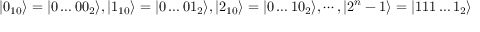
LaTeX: | 0 _ { 1 0 } \rangle = | 0 \dots 0 0 _ { 2 } \rangle , | 1 _ { 1 0 } \rangle = | 0 \dots 0 1 _ { 2 } \rangle , | 2 _ { 1 0 } \rangle = | 0 \dots 1 0 _ { 2 } \rangle , \cdots , | 2 ^ { n } - 1 \rangle = | 1 1 1 \dots 1 _ { 2 } \rangle